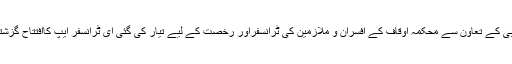
محکمہ اوقاف کے ذرائع کے مطابق پی آئی ٹی بی کے تعاون سے محکمہ اوقاف کے افسران و ملازمین کی ٹرانسفراور رخصت کے لیے تیار کی گئی ای ٹرانسفر ایپ کاافتتاح گزشتہ روز ایوان اوقاف کے کمیٹی روم میں کیا گیا ۔